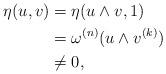
LaTeX: \begin{align*}\eta(u,v)&=\eta(u\wedge v,1)\\&=\omega^{(n)}(u\wedge v^{(k)})\\&\neq 0,\end{align*}